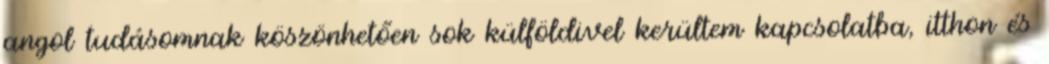
angol tudásomnak köszönhetően sok külföldivel kerültem kapcsolatba, itthon és